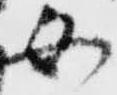
女